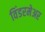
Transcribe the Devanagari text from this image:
विंडरमेअर